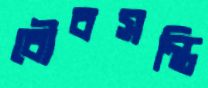
বৌবসন্তি